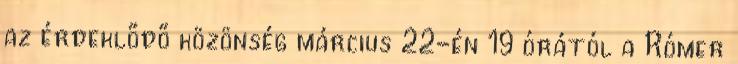
az érdeklődő közönség március 22-én 19 órától a Rómer